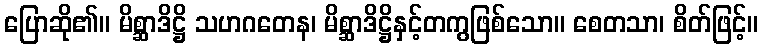
ပြောဆို၏။ မိစ္ဆာဒိဋ္ဌိ သဟဂတေန၊ မိစ္ဆာဒိဋ္ဌိနှင့်တကွဖြစ်သော။ စေတသာ၊ စိတ်ဖြင့်။